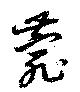
菀